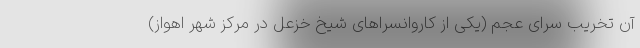
آن تخریب سرای عجم (یکی از کاروانسراهای شیخ خزعل در مرکز شهر اهواز)